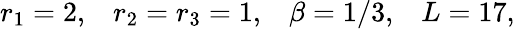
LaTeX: r_{1}=2,\; \; \; r_{2}=r_{3}=1,\; \; \; \beta=1/3,\; \; \; L=17,